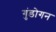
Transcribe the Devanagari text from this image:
गुंडोगन